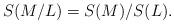
LaTeX: \begin{align*}S(M/L)=S(M)/S(L).\end{align*}